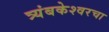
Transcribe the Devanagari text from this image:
त्र्यंबकेश्वरचा